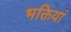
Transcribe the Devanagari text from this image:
भक्तियां